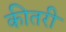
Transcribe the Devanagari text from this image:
कीतरी